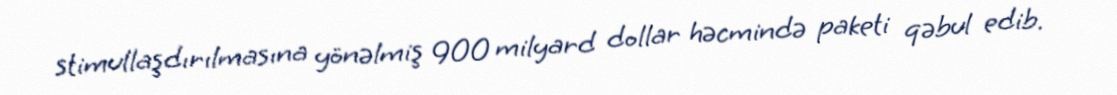
stimullaşdırılmasına yönəlmiş 900 milyard dollar həcmində paketi qəbul edib.